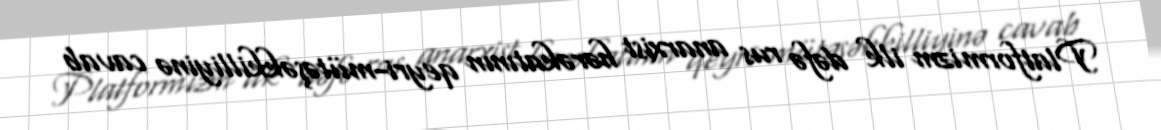
Platformizm ilk dəfə rus anarxist hərəkatının qeyri-mütəşəkkilliyinə cavab